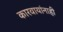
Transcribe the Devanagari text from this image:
कारवायांनाही